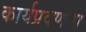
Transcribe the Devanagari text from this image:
कार्यप्रवणता